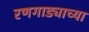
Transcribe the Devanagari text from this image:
रणगाड्याच्या